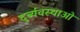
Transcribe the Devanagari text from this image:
दुर्ब्यवस्थाओ